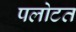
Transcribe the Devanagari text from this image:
पलोटत